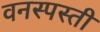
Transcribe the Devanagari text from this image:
वनस्पस्ती